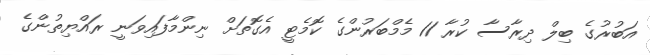
އަބުރުގެ ބިލް ދިރާސާ ކުރާ 11 މެމްބަރުންގެ ކޮމެޓީ އެގޮތަށް ނިންމާފައިވަނީ ރައްޔިތުންގެ